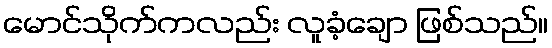
မောင်သိုက်ကလည်း လူခံ့ချော ဖြစ်သည်။